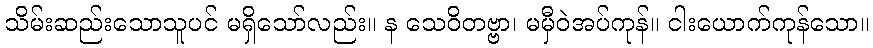
သိမ်းဆည်းသောသူပင် မရှိသော်လည်း။ န သေဝိတဗ္ဗာ၊ မမှီဝဲအပ်ကုန်။ ငါးယောက်ကုန်သော။